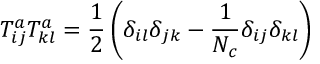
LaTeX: T _ { i j } ^ { a } T _ { k l } ^ { a } = \frac { 1 } { 2 } \left( \delta _ { i l } \delta _ { j k } - \frac { 1 } { N _ { c } } \delta _ { i j } \delta _ { k l } \right) \,